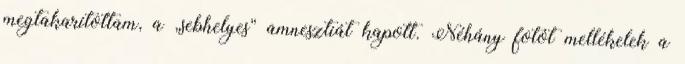
megtakarítottam, a „sebhelyes” amnesztiát kapott. Néhány fotót mellékelek a